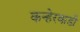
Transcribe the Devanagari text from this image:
कन्हेरवाडी